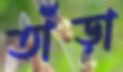
তাঁড়া